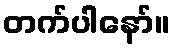
တက်ပါနော်။